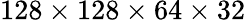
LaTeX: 128\times 128\times 64\times 32